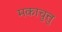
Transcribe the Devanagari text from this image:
मकाचुत्तु